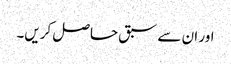
اور ان سے سبق حاصل کریں۔